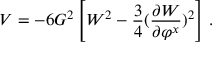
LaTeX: V = - 6 G ^ { 2 } \left[ W ^ { 2 } - \frac 3 4 ( { \frac { \partial W } { \partial \varphi ^ { x } } } ) ^ { 2 } \right] \, .